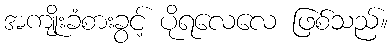
အကျိုးခံစားခွင့် ပိုရလေလေ ဖြစ်သည်။